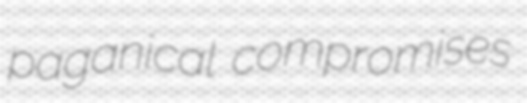
paganical compromises